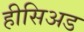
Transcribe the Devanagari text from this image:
हीसिअड